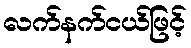
လက်နက်ငယ်ဖြင့်